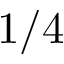
1 / 4